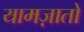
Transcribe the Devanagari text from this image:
यामज़ातो